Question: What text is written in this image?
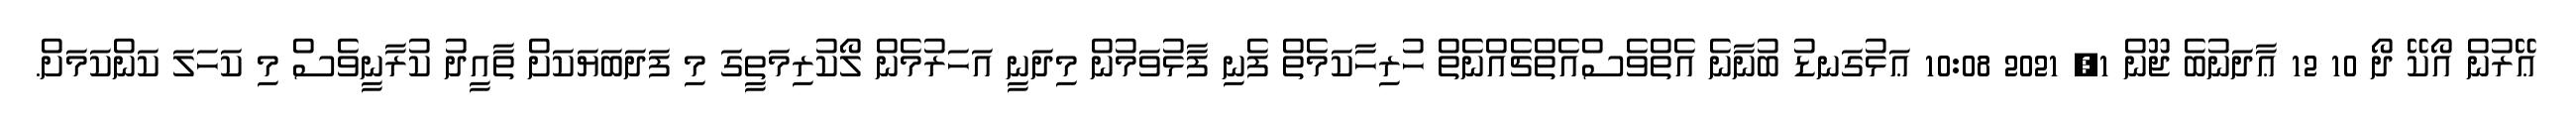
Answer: ޢޭރުން އޯކޭ ދޯ 10 12 ޢާދަނުބެ ޖޫން 1, 2021 10:08 ޢަޅުގަނޑު ބުނާނެ އެތްވެސްއެތްޗެއްނެތް ހުރިހާކަމެތް ފެނި ފާޅުވަމުން މިދަނީ އަހަރުމެން ލޯކުރިމަތީގަ މި ފަދަބަޔަކަށް ތާއީދު ކުރާނީވެސް މި ކަހަލަ ކަންކަމަށް.